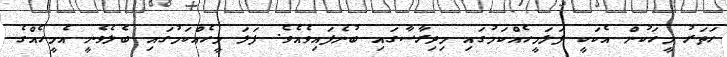
ހަތަރު މީހަކުން އެކަކީ ފަލަމީހެއްކަމުގައި މިދިރާސާގައި ބުނެފައިވެއެވެ. ފަލަ މީހެއްކަމުގައި ބެލެވެނީ އެމީހެއްގެ